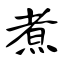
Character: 煮